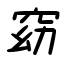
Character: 窈